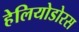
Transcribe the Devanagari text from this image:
हेलियोडोरस